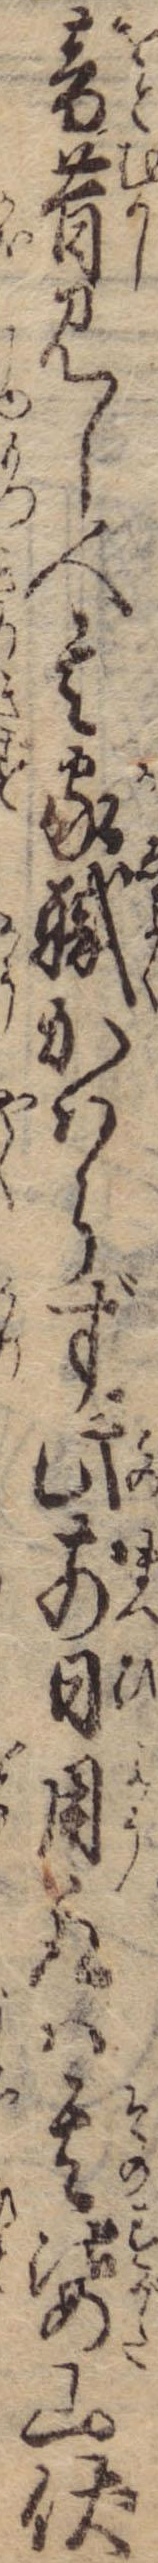
音昔見し人其家職かはらず此前日用取は其姿山伏